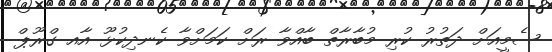
ސެމީއަށް ދަތުރު ކުރި މުބާރާތް ބާއްވާ ރަށް ކަމަށްވާ ކެނދިކުޅޫ އާއ ގްރޫޕް